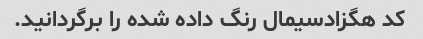
کد هگزادسیمال رنگ داده شده را برگردانید.